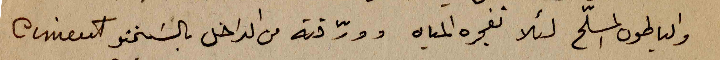
والباطون المسلّح لئلا  تفجره المياه وورّقته من الداخل بالسمنتو Ciment